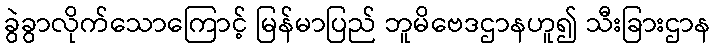
ခွဲခွာလိုက်သောကြောင့် မြန်မာပြည် ဘူမိဗေဒဌာနဟူ၍ သီးခြားဌာန